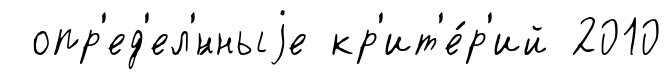
опр'ед'ел'́нныjе кр'ит'е́р'ий 2010